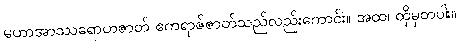
မဟာအာဿရောဟဇာတ် ဧကရာဇ်ဇာတ်သည်လည်းကောင်း။ အထ၊ ထိုမှတပါး။